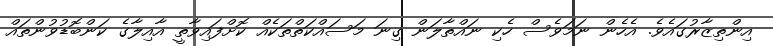
އިންތިޒާރުގައެވެ. އެހެން ނަމަވެސް ހެކި ނައްތާލަން ގިނަ މަސައްކަތްތަކެއް ކޮށްފައިވާތީ އާއިލާގެ ކަންބޮޑުވުންތައް